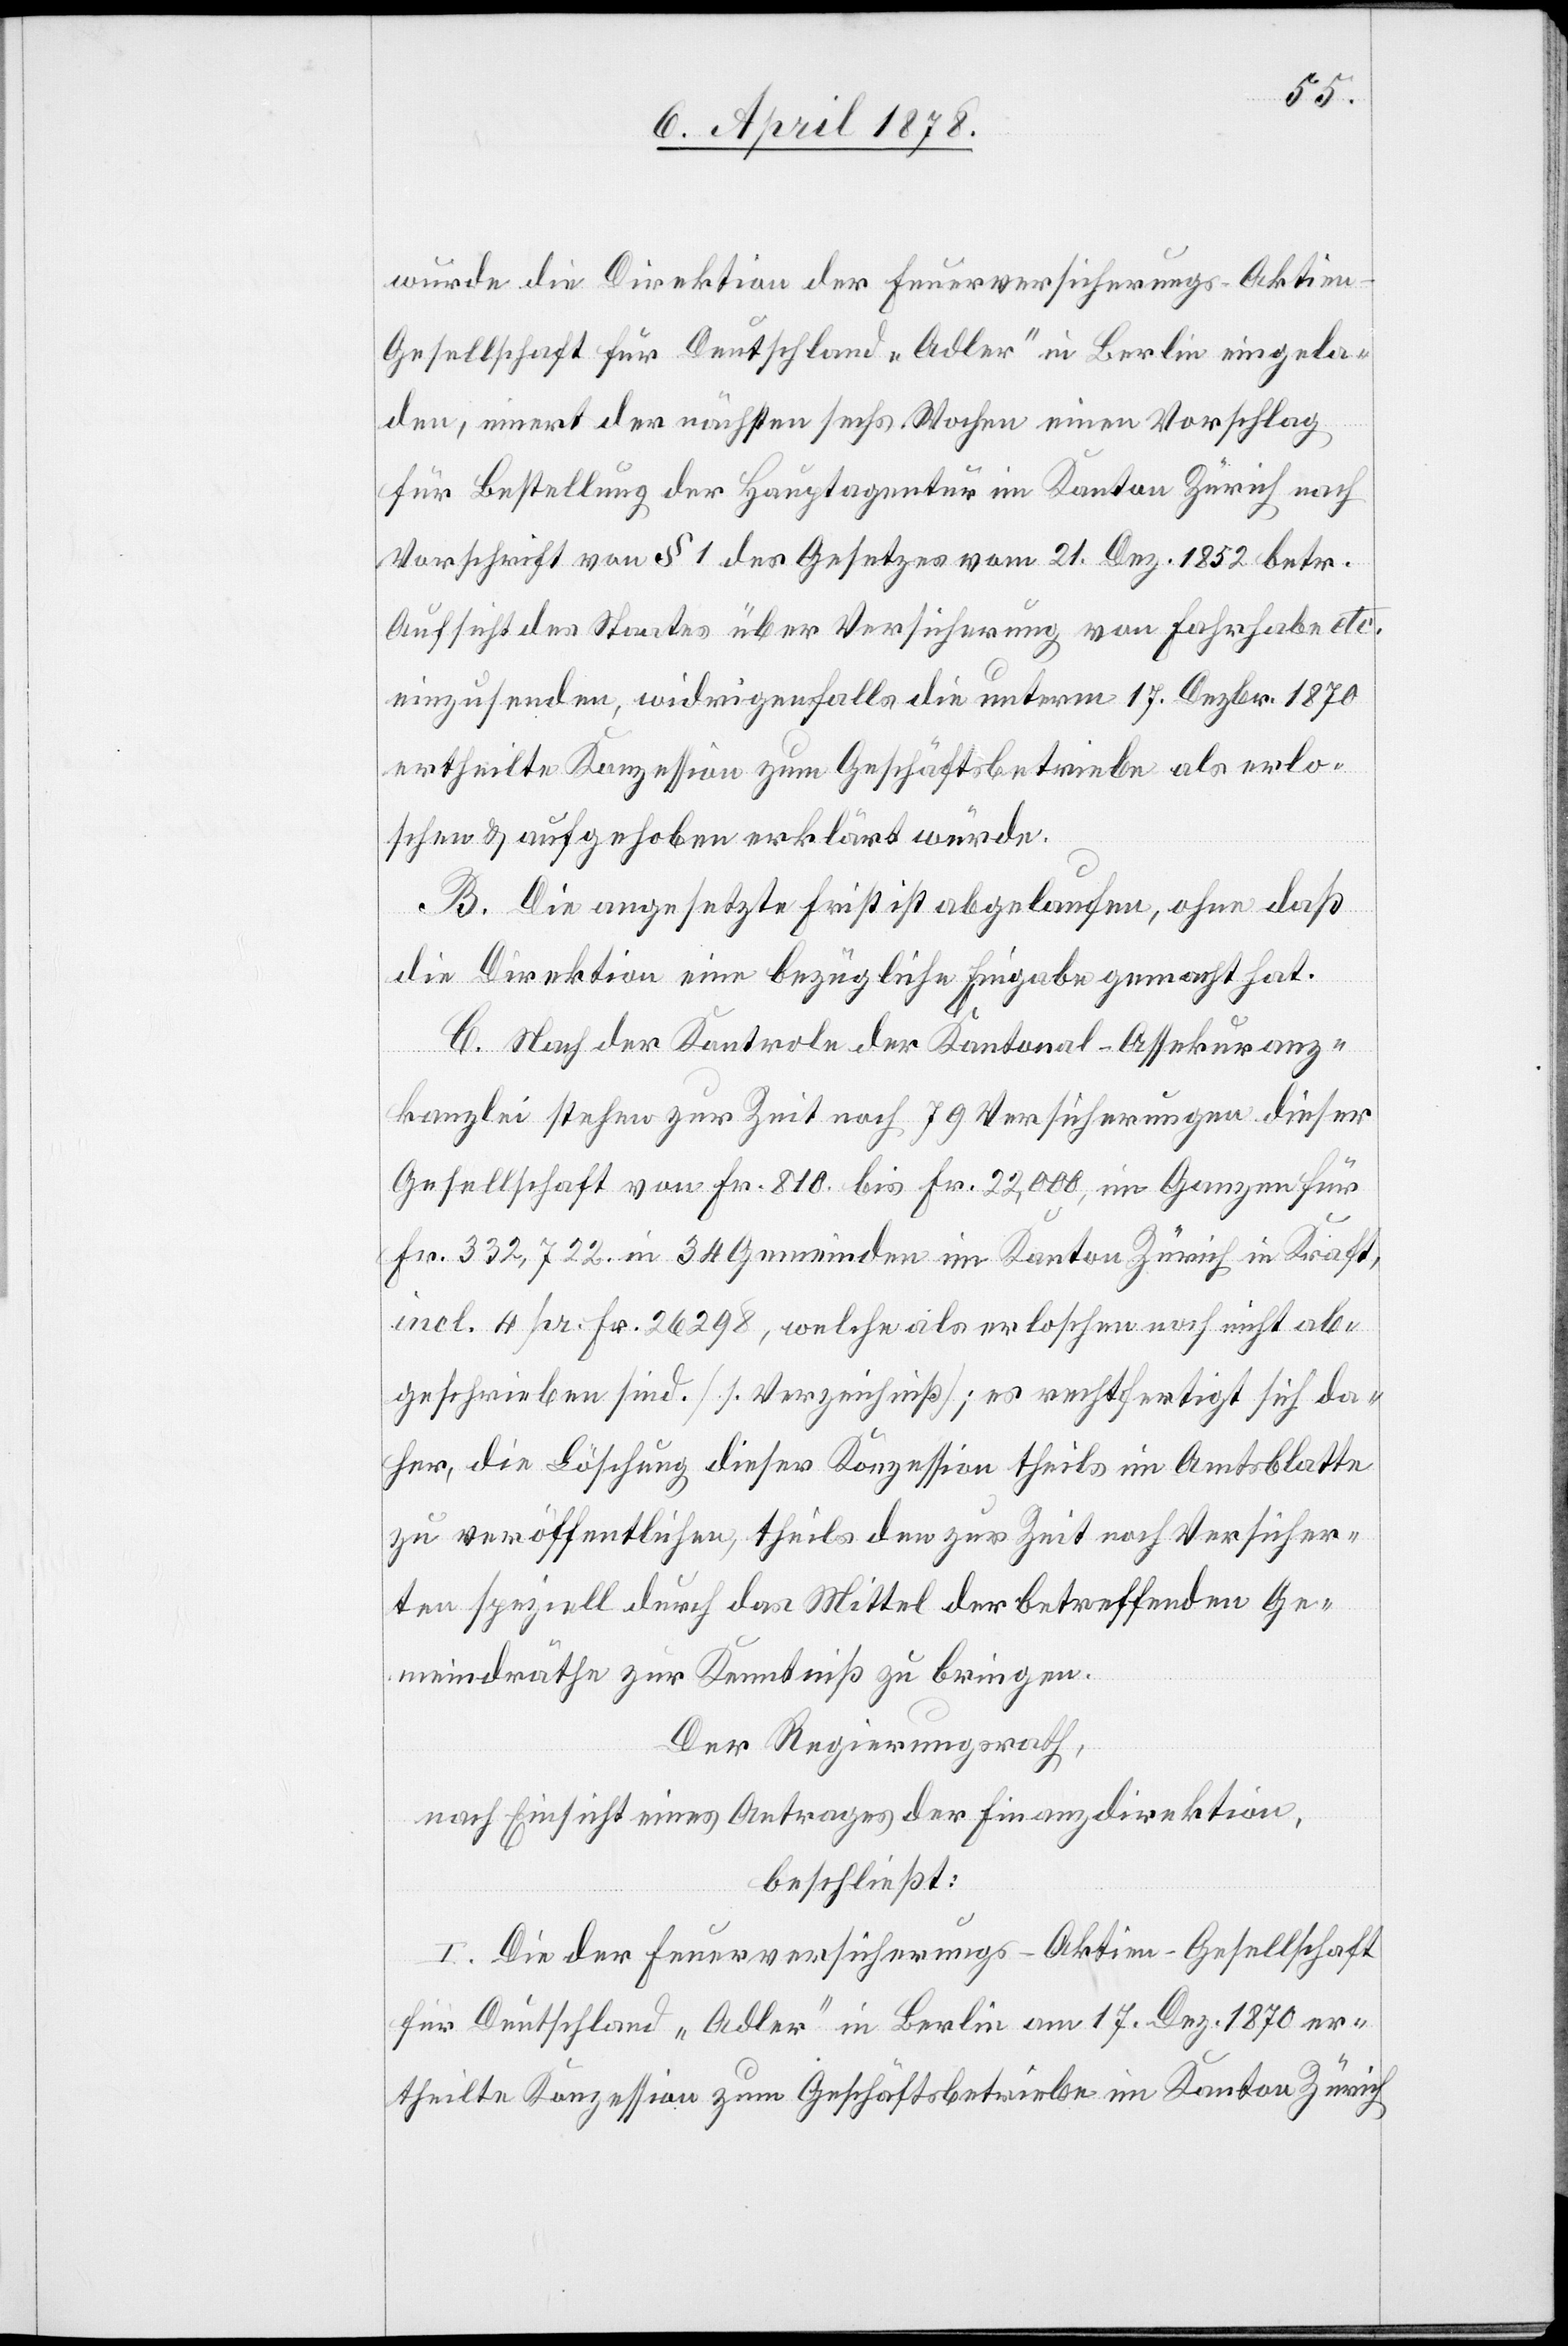
wurde die Direktion der Feuerversicherungs-Aktie¬
n-Gesellschaft für Deutschland „Adler“ in Berlin eingela¬
den, innert der nächsten sechs Wochen einen Vorschlag
für Bestellung der Hauptagentur im Kanton Zürich nach
Vorschrift von § 1 des Gesetzes vom 21. Dez. 1852 betr.
Aufsicht des Staates über Versicherung von Fahrhabe etc.
einzusenden, widrigenfalls die unterm 17. Dezbr. 1870
ertheilte Konzession zum Geschäftsbetriebe als erlo¬
schen & aufgehoben erklärt würde.
B. Die angesetzte Frist ist abgelaufen, ohne daß
die Direktion eine bezügliche Eingabe gemacht hat.
C. Nach der Kontrole der Kantonal-Assekuranz¬
kanzlei stehen zur Zeit noch 79 Versicherungen dieser
Gesellschaft von Fr. 810 bis Fr. 22,000, im Ganzen für
Fr. 332,722 in 34 Gemeinden im Kanton Zürich in Kraft,
incl. 4 pr. Fr. 2698, welche als erloschen noch nicht ab¬
geschrieben sind. (1. Verzeichniß); es rechtfertigt sich da¬
her, die Löschung dieser Konzession theils im Amtsblatte
zu veröffentlichen, theils den zur Zeit noch Versicher¬
ten speziell durch das Mittel der betreffenden Ge¬
meindräthe zur Kenntniß zu bringen.
Der Regierungsrath,
nach Einsicht eines Antrages der Finanzdirektion,
beschließt:
I. Die der Feuerversicherungs-Aktien-Gesellschaft
für Deutschland „Adler“ in Berlin am 17. Dez. 1870 er¬
theilte Konzession zum Geschäftsbetriebe im Kanton Zürich